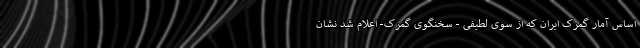
اساس آمار گمرک ایران که از سوی لطیفی - سخنگوی گمرک- اعلام شد نشان